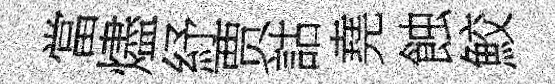
當燼紓贾詁堯蝕鮫